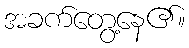
အခက်တွေ့နေ၏။